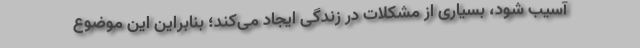
آسیب شود، بسیاری از مشکلات در زندگی ایجاد می‌کند؛ بنابراین این موضوع